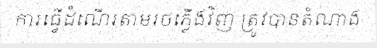
ការធ្វើដំណើរតាមរថភ្លើងវិញ ត្រូវបានតំណាង